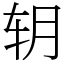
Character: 䢁